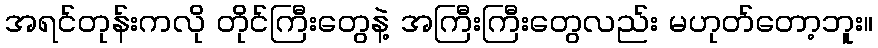
အရင်တုန်းကလို တိုင်ကြီးတွေနဲ့ အကြီးကြီးတွေလည်း မဟုတ်တော့ဘူး။